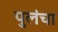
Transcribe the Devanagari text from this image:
पुलंचा